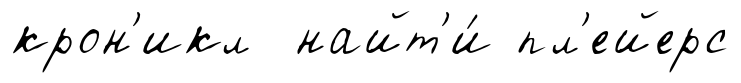
крон'икл найт'и́ пл'ейерс